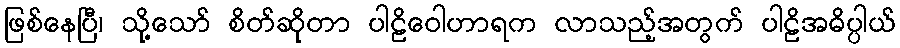
ဖြစ်နေပြီ၊ သို့သော် စိတ်ဆိုတာ ပါဠိဝေါဟာရက လာသည့်အတွက် ပါဠိအဓိပ္ပါယ်